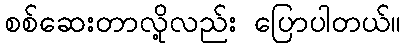
စစ်ဆေးတာလို့လည်း ပြောပါတယ်။